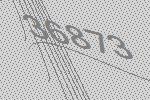
36873